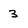
Character: 3